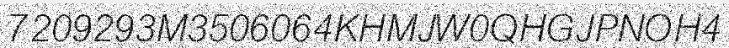
7209293M3506064KHMJW0QHGJPNOH4